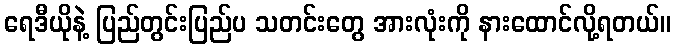
ရေဒီယိုနဲ့ ပြည်တွင်းပြည်ပ သတင်းတွေ အားလုံးကို နားထောင်လို့ရတယ်။